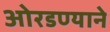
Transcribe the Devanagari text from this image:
ओरडण्याने